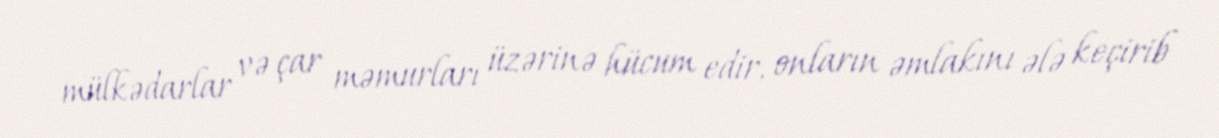
mülkədarlar və çar məmurları üzərinə hücum edir, onların əmlakını ələ keçirib